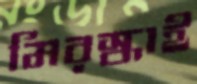
মিরস্কাই